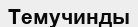
Темучинды